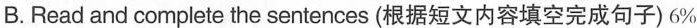
B. Read and complete the sentences (根据短文内容填空完成句子) 6%